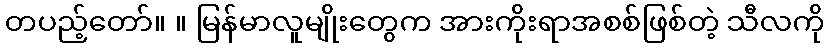
တပည့်တော်။ ။ မြန်မာလူမျိုးတွေက အားကိုးရာအစစ်ဖြစ်တဲ့ သီလကို